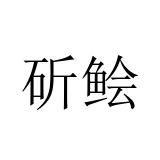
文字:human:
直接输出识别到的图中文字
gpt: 斫鲙